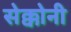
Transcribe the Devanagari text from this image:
सेक्कोनी